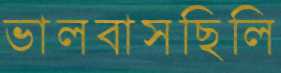
ভালবাসছিলি